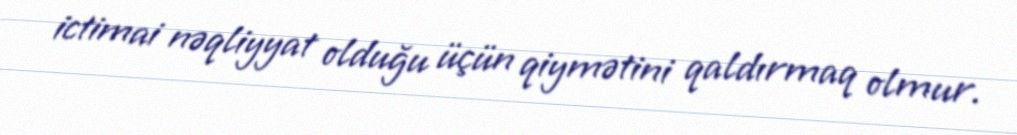
ictimai nəqliyyat olduğu üçün qiymətini qaldırmaq olmur.